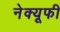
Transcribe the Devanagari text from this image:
नेक्यूफी